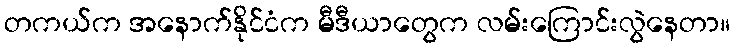
တကယ်က အနောက်နိုင်ငံက မီဒီယာတွေက လမ်းကြောင်းလွဲနေတာ။